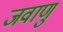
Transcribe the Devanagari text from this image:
जवाणु